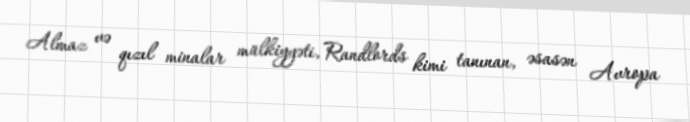
Almaz və qızıl minalar mülkiyyəti, Randlords kimi tanınan, əsasən Avropa